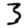
Digit: 3